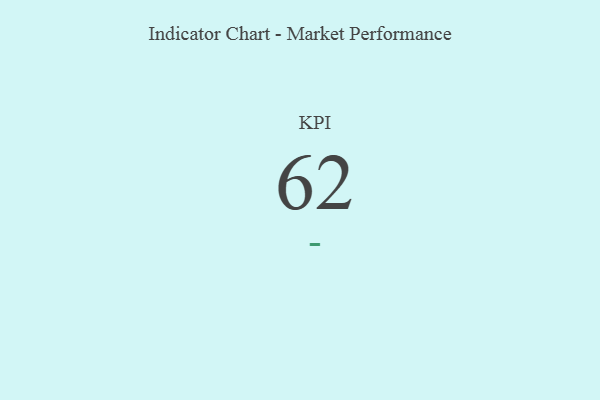
{"axis": {"x": "KPI", "y": "Value"}, "legend": [""], "data": [{"x": "KPI", "y": 62, "type": ""}]}